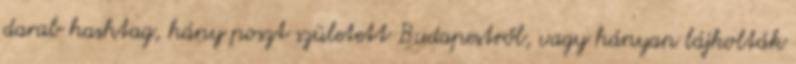
darab hashtag, hány poszt született Budapestről, vagy hányan lájkolták